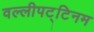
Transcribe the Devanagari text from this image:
वल्लीपट्टिनम